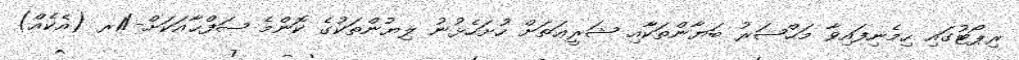
ރިޕޯޓުގައި ހިމެނިފައިވާ މަޙްޟަރު ބަޔާންތަކާއި ޝަރީޢަތަށް ހުށަހެޅުނު ލިޔުންތަކުގެ ކޮންމެ ޞަފްޙާއަކަށް-/1ރ (އެކެއް)